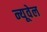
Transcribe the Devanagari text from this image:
न्यूवेल